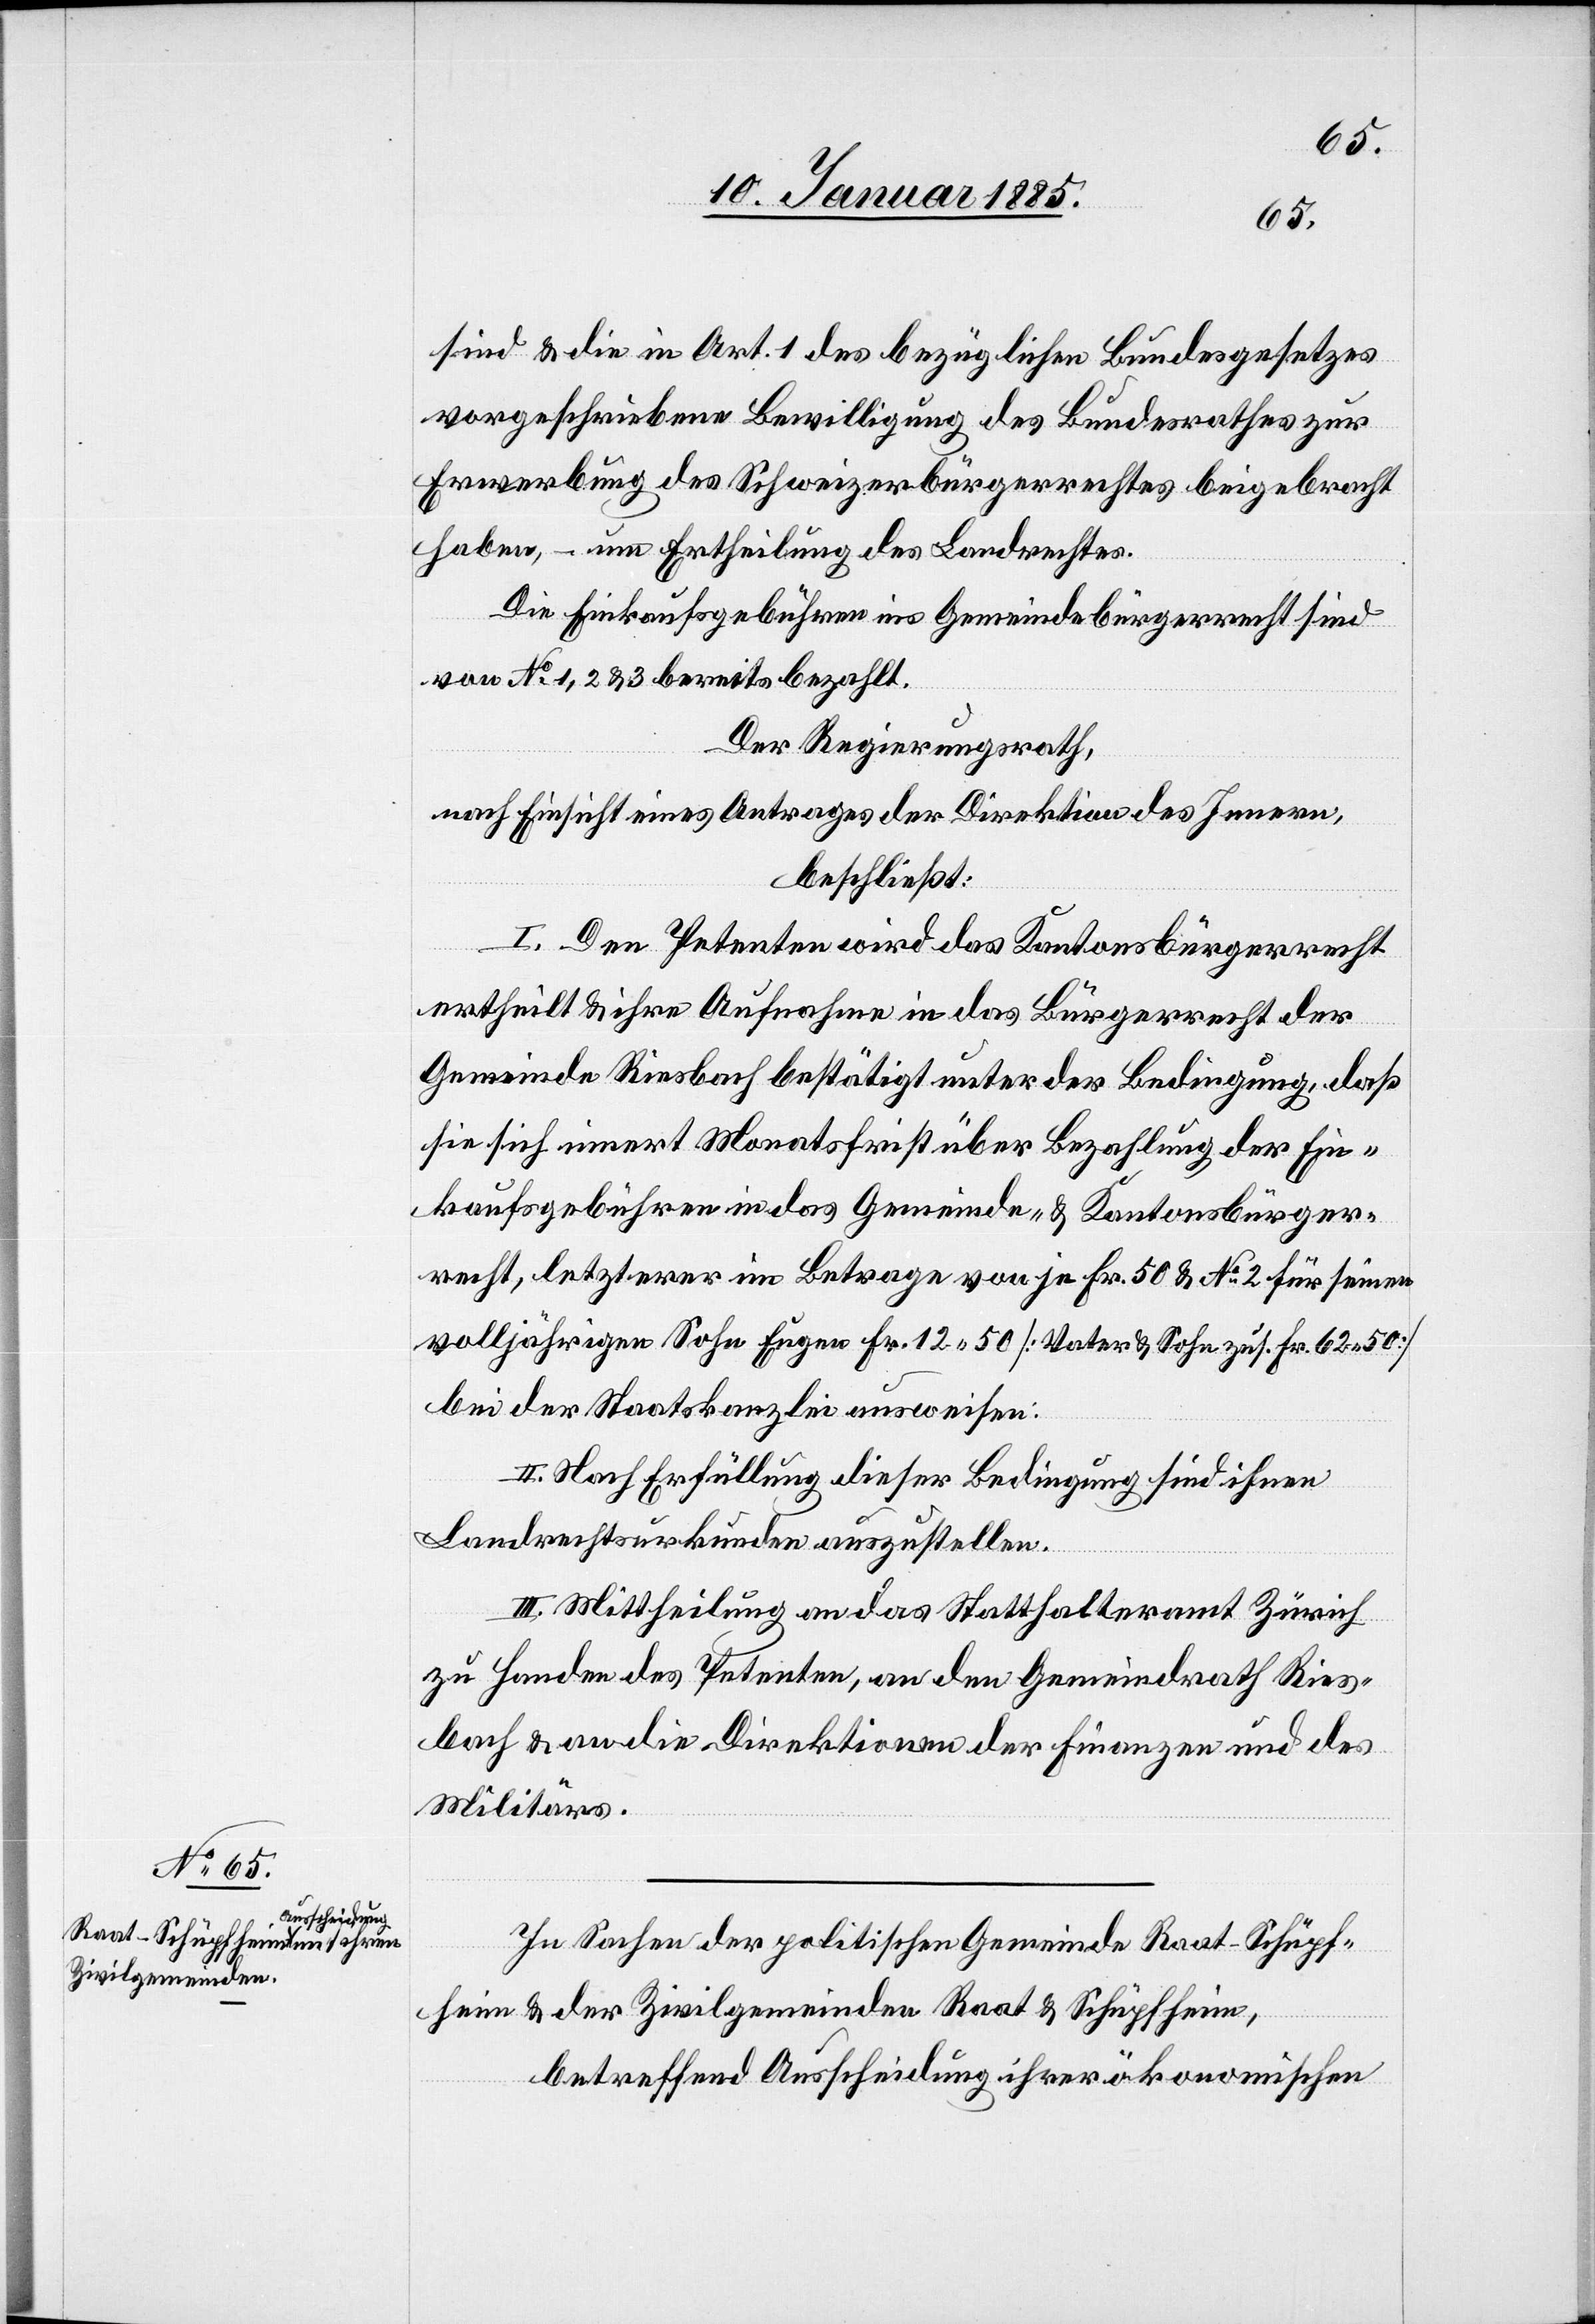
sind & die in Art. 1 des bezüglichen Bundesgesetzes
vorgeschriebene Bewilligung des Bundesrathes zur
Erwerbung des Schweizerbürgerrechtes beigebracht
haben, – um Ertheilung des Landrechtes.
Die Einkaufsgebühren ins Gemeindebürgerrecht sind
von No 1, 2 & 3 bereits bezahlt.
Der Regierungsrath,
nach Einsicht eines Antrages der Direktion des Innern,
beschließt.
I. Den Petenten wird das Kantonsbürgerrecht
ertheilt & ihre Aufnahme in das Bürgerrecht der
Gemeinde Riesbach bestätigt unter der Bedingung, daß
sie sich innert Monatsfrist über Bezahlung der Ein¬
kaufsgebühren in das Gemeinde- & Kantonsbürger¬
recht, letzterer im Betrage von je Fr. 50 & No 2 für seinen
volljährigen Sohn Eugen Fr. 12 50 [Vater & Sohn zus. Fr. 62 50]
bei der Staatskanzlei ausweisen.
II. Nach Erfüllung dieser Bedingung sind ihnen
Landrechtsurkunden auszustellen.
III. Mittheilung an das Statthalteramt Zürich
zu Handen des Petenten, an den Gemeindrath Ries¬
bach & an die Direktion der Finanzen und des
Militärs.
In Sachen der politischen Gemeinde Raat-Schüpf¬
heim & der Zivilgemeinden Raat & Schüpfheim,
betreffend Ausscheidung ihrer ökonomischen